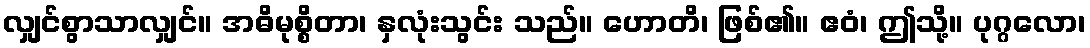
လျှင်စွာသာလျှင်။ အဓိမုစ္စိတာ၊ နှလုံးသွင်း သည်။ ဟောတိ၊ ဖြစ်၏။ ဧဝံ၊ ဤသို့။ ပုဂ္ဂလော၊